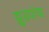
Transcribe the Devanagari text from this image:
झुडपांचा